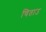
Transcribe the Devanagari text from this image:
चिताउ